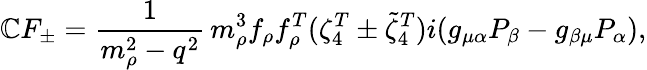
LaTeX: \mathbb{C}F_{\pm}=\frac{{1}}{{m_{\rho}^{2}-q^{2}}}\, m_{\rho}^{3}f_{\rho}f_{\rho}^{T}(\zeta_{4}^{T}\pm\widetilde{{\zeta}}_{4}^{T})i(g_{\mu\alpha}P_{\beta}-g_{\beta\mu}P_{\alpha}),